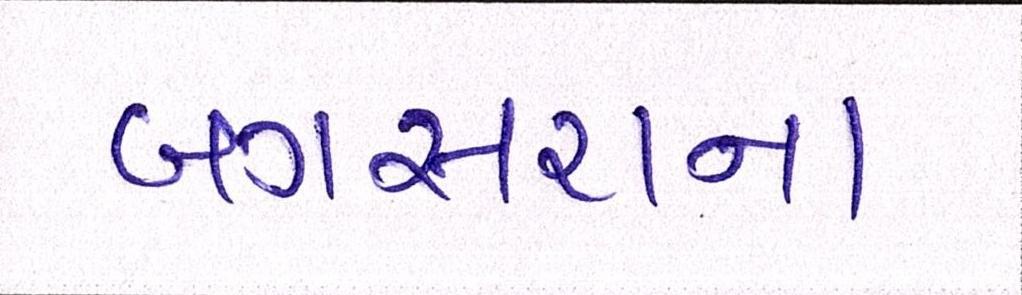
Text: બગસરાના